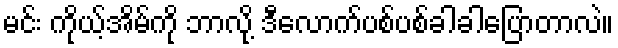
မင်း ကိုယ့်အိမ်ကို ဘာလို့ ဒီလောက်ပစ်ပစ်ခါခါပြောတာလဲ။